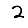
Digit: 2